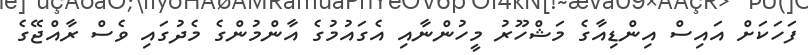
ފަހަކަށް އައިސް އިންޑިއާގެ މަޝްހޫރު މީހުންނާއި އެގައުމުގެ އާންމުންގެ މެދުގައި ވެސް ރާއްޖޭގެ